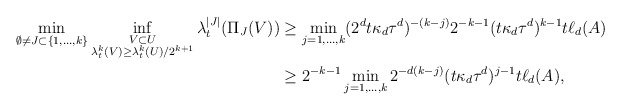
\begin{align*}\min_{\emptyset \neq J \subset \{1,\hdots,k\}} \inf_{\substack{ V\subset U\\ \lambda_t^k(V)\geq \lambda_t^k(U)/2^{k+1}}} \lambda^{|J|}_t(\Pi_J(V)) & \geq \min_{j=1,\hdots,k} (2^dt\kappa_d \tau^d)^{-(k-j)} 2^{-k-1} (t\kappa_d \tau^d)^{k-1} t\ell_d(A)\\& \geq 2^{-k-1} \min_{j=1,\hdots,k} 2^{-d(k-j)}(t\kappa_d \tau^d)^{j-1} t \ell_d(A),\end{align*}